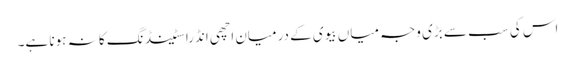
اس کی سب سے بڑی وجہ میاں بیوی کے درمیان اچھی انڈراسٹینڈنگ کا نہ ہونا ہے۔